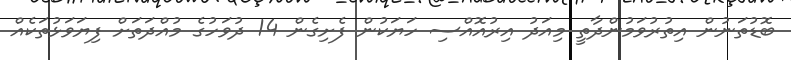
ބޮޑުތަނުން އިތުރުވަމުންދާތީ މިއަދު އިރުއޮއްސި ހަޔަކުން ފެށިގެން 14 ދުވަހުގެ މުއްދަތަށް ފިޔަވަޅުތަކެއް